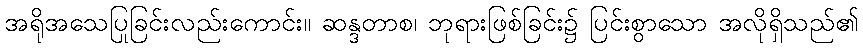
အရိုအသေပြုခြင်းလည်းကောင်း။ ဆန္ဒတာစ၊ ဘုရားဖြစ်ခြင်း၌ ပြင်းစွာသော အလိုရှိသည်၏